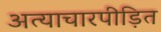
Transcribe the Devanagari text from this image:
अत्याचारपीड़ित